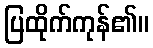
ပြထိုက်ကုန်၏။